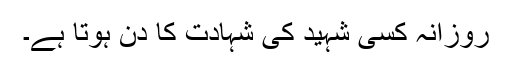
روزانہ کسی شہید کی شہادت کا دن ہوتا ہے۔